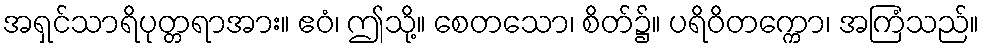
အရှင်သာရိပုတ္တရာအား။ ဧဝံ၊ ဤသို့။ စေတသော၊ စိတ်၌။ ပရိဝိတက္ကော၊ အကြံသည်။